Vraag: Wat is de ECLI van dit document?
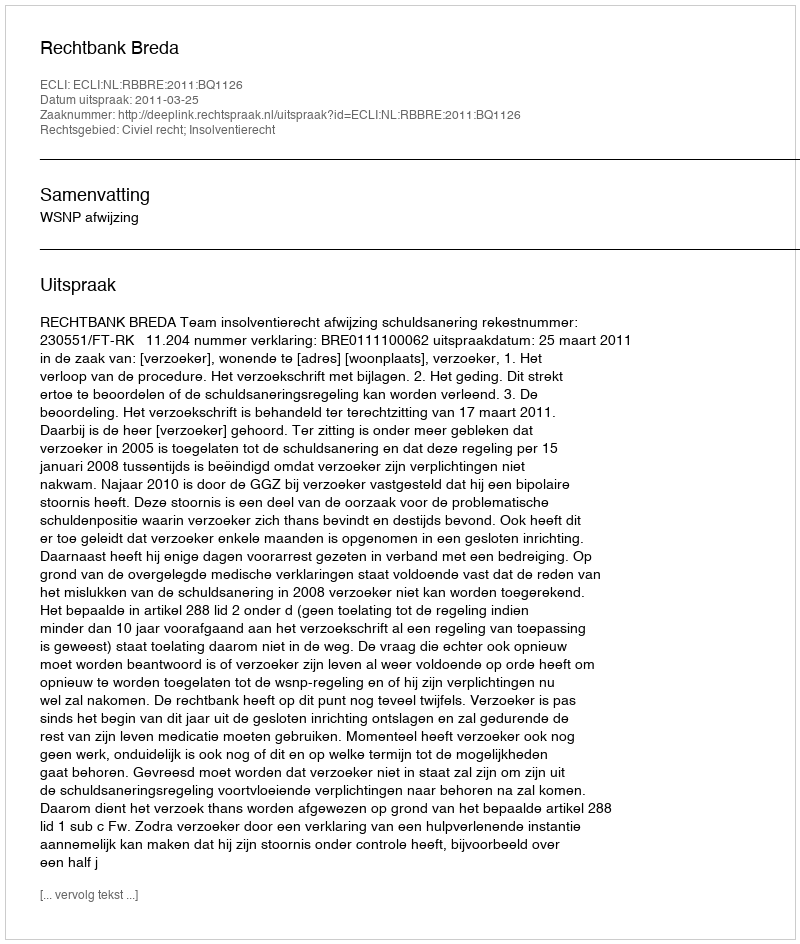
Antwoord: ECLI:NL:RBBRE:2011:BQ1126